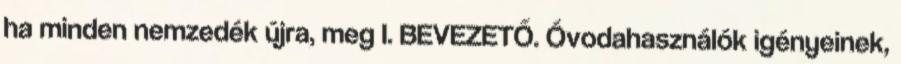
ha minden nemzedék újra, meg I. BEVEZETŐ. Óvodahasználók igényeinek,